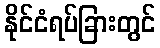
နိုင်ငံရပ်ခြားတွင်